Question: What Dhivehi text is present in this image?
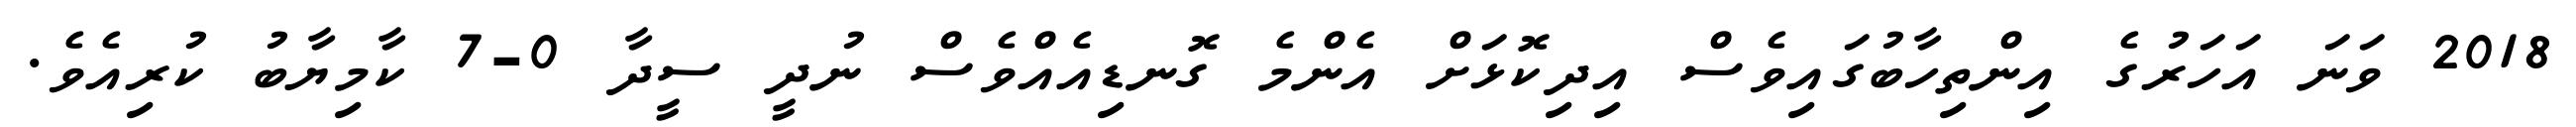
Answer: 2018 ވަނަ އަހަރުގެ އިންތިހާބުގައިވެސް އިދިކޮޅަށް އެންމެ ގޮނޑިއެއްވެސް ނުދީ ސީދާ 0-7 ކާމިޔާބު ކުރިއެވެ.